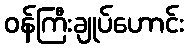
ဝန်ကြီးချုပ်ဟောင်း